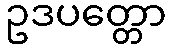
ဥဒပတ္တော